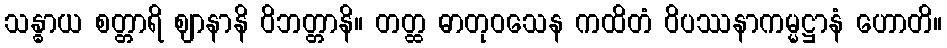
သန္ဓာယ စတ္တာရိ ဈာနာနိ ဝိဘတ္တာနိ။ တတ္ထ ဓာတုဝသေန ကထိတံ ဝိပဿနာကမ္မဋ္ဌာနံ ဟောတိ။